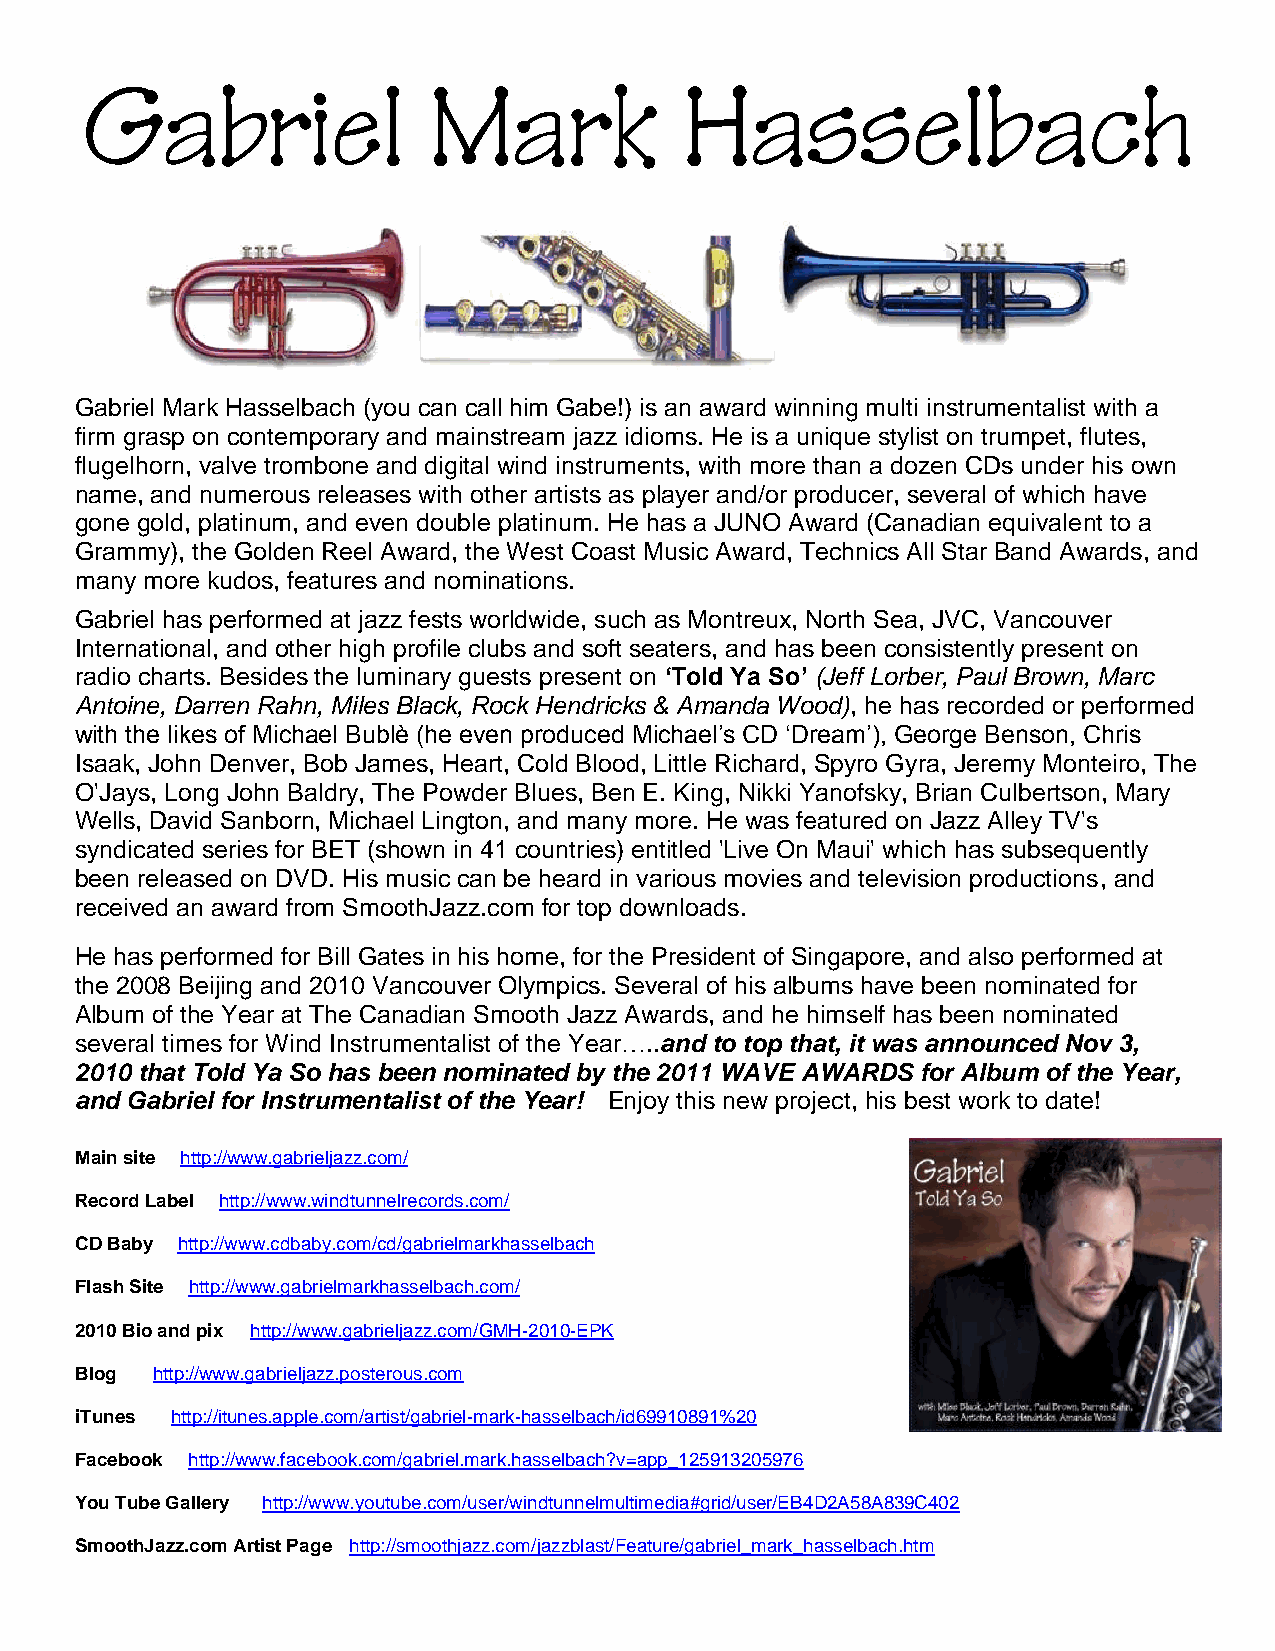
Gabriel                Mark             Hasselbach
 Gabriel Mark Hasselbach (you can call him Gabe!) is an award winning multi instrumentalist with a
 firm grasp on contemporary and mainstream jazz idioms. He is a unique stylist on trumpet, flutes,
 flugelhorn, valve trombone and digital wind instruments, with more than a dozen CDs under his own
 name, and numerous releases with other artists as player and/or producer, several of which have
 gone gold, platinum, and even double platinum. He has a JUNO Award (Canadian equivalent to a
 Grammy), the Golden Reel Award, the West Coast Music Award, Technics All Star Band Awards, and
 many more kudos, features and nominations.
 Gabriel has performed at jazz fests worldwide, such as Montreux, North Sea, JVC, Vancouver
 International, and other high profile clubs and soft seaters, and has been consistently present on
 radio charts. Besides the luminary guests present on ‘Told Ya So’ (Jeff Lorber, Paul Brown, Marc
 Antoine, Darren Rahn, Miles Black, Rock Hendricks & Amanda Wood), he has recorded or performed
 with the likes of Michael Bublè (he even produced Michael’s CD ‘Dream’), George Benson, Chris
 Isaak, John Denver, Bob James, Heart, Cold Blood, Little Richard, Spyro Gyra, Jeremy Monteiro, The
 O'Jays, Long John Baldry, The Powder Blues, Ben E. King, Nikki Yanofsky, Brian Culbertson, Mary
 Wells, David Sanborn, Michael Lington, and many more. He was featured on Jazz Alley TV's
 syndicated series for BET (shown in 41 countries) entitled 'Live On Maui' which has subsequently
 been released on DVD. His music can be heard in various movies and television productions, and
 received an award from SmoothJazz.com for top downloads.
 He has performed for Bill Gates in his home, for the President of Singapore, and also performed at
 the 2008 Beijing and 2010 Vancouver Olympics. Several of his albums have been nominated for
 Album of the Year at The Canadian Smooth Jazz Awards, and he himself has been nominated
 several times for Wind Instrumentalist of the Year…..and to top that, it was announced Nov 3,
 2010 that Told Ya So has been nominated by the 2011 WAVE AWARDS for Album of the Year,
 and Gabriel for Instrumentalist of the Year! Enjoy this new project, his best work to date!
 Main site http://www.gabrieljazz.com/
 Record Label http://www.windtunnelrecords.com/
 CD Baby http://www.cdbaby.com/cd/gabrielmarkhasselbach
 Flash Site http://www.gabrielmarkhasselbach.com/
 2010 Bio and pix http://www.gabrieljazz.com/GMH-2010-EPK
 Blog http://www.gabrieljazz.posterous.com
 iTunes http://itunes.apple.com/artist/gabriel-mark-hasselbach/id69910891%20
 Facebook http://www.facebook.com/gabriel.mark.hasselbach?v=app_125913205976
 You Tube Gallery http://www.youtube.com/user/windtunnelmultimedia#grid/user/EB4D2A58A839C402
 SmoothJazz.com Artist Page http://smoothjazz.com/jazzblast/Feature/gabriel_mark_hasselbach.htm